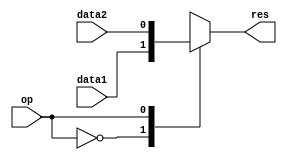
module mux2 #(parameter WIDTH = 1)
  (input [WIDTH-1:0] data1,
   input [WIDTH-1:0] data2,
   input op,
   output reg [WIDTH-1:0] res);

  always @* begin
    case (op)
    1'b0: res <= data1;
    1'b1: res <= data2;
    endcase
  end
   
endmodule